Subject: eess
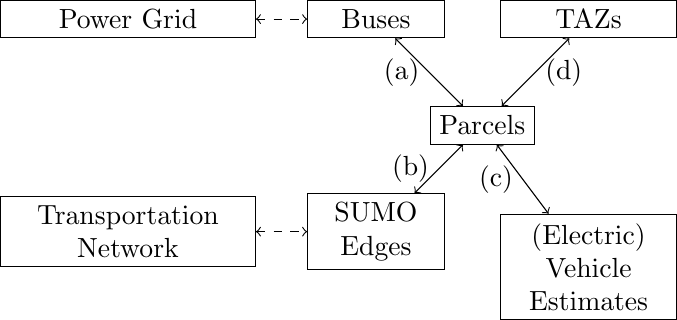
LaTeX code:
  \begin{tikzpicture}[scale=0.9]
    \node[draw, text width=3cm, text centered] (tnet) at (0,-0.5) {Transportation\\Network};
    \node[draw, text width=3cm, text centered] (pg) at (0,2.5) {Power Grid};
    \node[draw, text width=1.5cm, text centered] (buses) at (3.5,2.5) {Buses};
    \node[draw, text width=1.5cm, text centered] (edges) at (3.5,-0.5) {SUMO Edges};
    \node[draw] (parcels) at (5,1) {Parcels};
    \node[draw, text width=2cm, text centered] (taz) at (6.5,2.5) {TAZs};
    \node[draw, text width=2cm, text centered ] (veh) at (6.5,-1) {(Electric) Vehicle\\Estimates};

    \draw[<->, dashed] (tnet) --(edges);
    \draw[<->, dashed] (pg) --(buses);
    \draw[<->] (buses) -- node[left] {(a)} (parcels);
    \draw[<->] (edges) -- node[left] {(b)} (parcels);
    \draw[<->] (taz) -- node[right] {(d)} (parcels);
    \draw[<->] (veh) -- node[left] {(c)} (parcels);

    \end{tikzpicture}